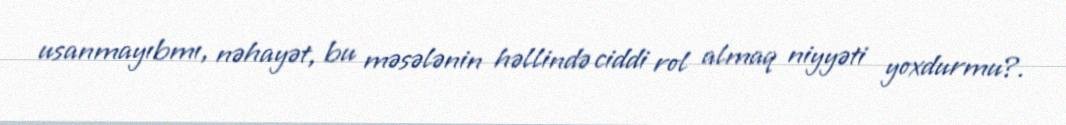
usanmayıbmı, nəhayət, bu məsələnin həllində ciddi rol almaq niyyəti yoxdurmu?.